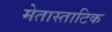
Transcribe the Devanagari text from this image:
मेतास्ताटिक